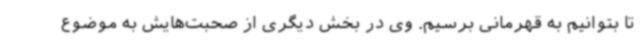
تا بتوانیم به قهرمانی برسیم. وی در بخش دیگری از صحبت‌هایش به موضوع